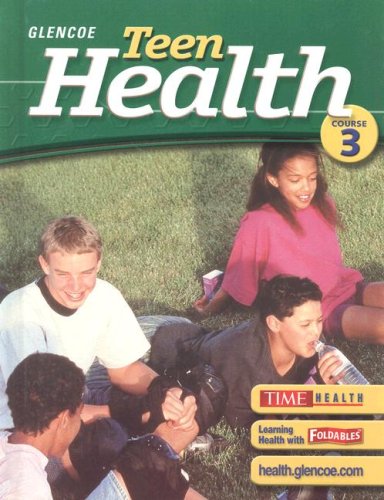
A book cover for Teen Health, Course 3, Student Edition; McGraw-Hill Education; Health, Fitness & Dieting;